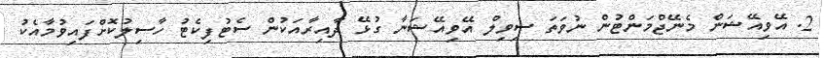
2. އޭވިއޭޝަން މެނޭޖްމަންޓުން ނުވަތަ ސިވިލް އޭވިއޭޝަނާ ގުޅޭ ދާއިރާއަކުން ސެޓުފިކެޓު ހާސިލުކޮށްފައިވުމާއެކު